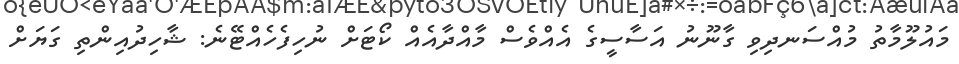
މައުލޫމާތު މުއްސަނދިވި ގާނޫނު އަސާސީގެ އެއްވެސް މާއްދާއެއް ކޯޓަށް ނުހިފެހެއްޓޭނެ: ޝާހިދުއިންތި ގަޔަށް